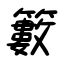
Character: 籔